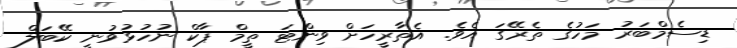
ޑިސެމްބަރު މަހުގެ ތެރޭގަ އެވެ. އެތާރީހަށް ވިންޓަ ތީމް ޕާކް ނުހުޅުވުނީ ކޭބަލް